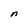
Character: n